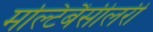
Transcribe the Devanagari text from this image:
मल्टिबैसीलरी